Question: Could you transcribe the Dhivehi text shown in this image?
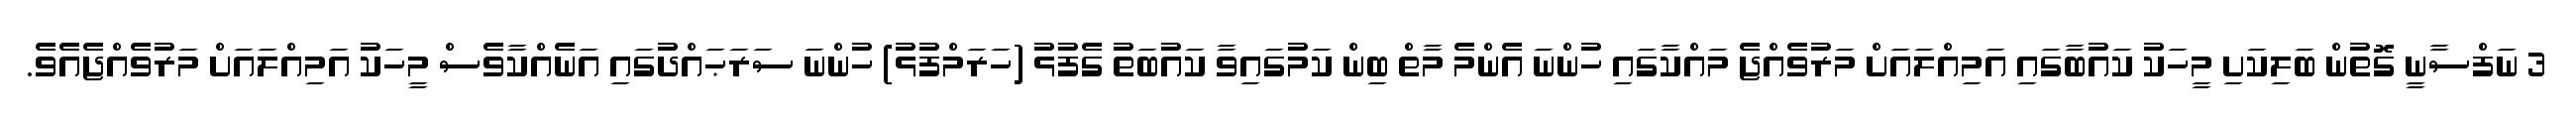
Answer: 3 ނަފްސާނީ ގޮތުން ބަލިކަށި މީހަކު ކައުބާގައި އަމިއްލައަށް މަރުވެއްޖެ މައްކާގައި ހުންނަ އެންމެ މާތް ބިން ކަމުގައިވާ ކައުބަތު ގެފުޅު (ހަރަމްފުޅު) ހުންނަ ސަރަޙައްދުގައި އަނެއްކާވެސް މީހަކު އަމިއްލައަށް މަރުވެއްޖެއެވެ.